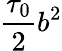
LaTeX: \frac{\tau_{0}}{2}b^{2}